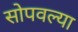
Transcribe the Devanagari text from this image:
सोपवल्या